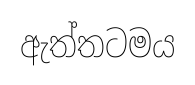
ඇත්තටමය